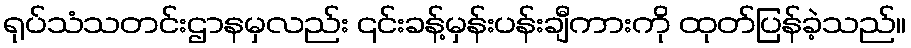
ရုပ်သံသတင်းဌာနမှလည်း ၎င်းခန့်မှန်းပန်းချီကားကို ထုတ်ပြန်ခဲ့သည်။